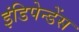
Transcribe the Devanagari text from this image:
इंडिपेन्डेंस